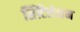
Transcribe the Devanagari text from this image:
सिंटिलेशन